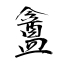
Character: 盦